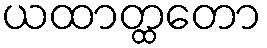
ယထာတ္ထတော